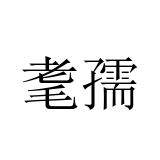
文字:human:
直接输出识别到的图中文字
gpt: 耄孺